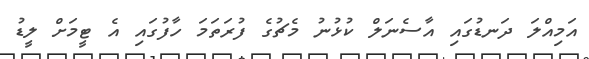
އަމިއްލަ ދަނޑުގައި އާސެނަލް ކުޅުނު މެޗުގެ ފުރަތަމަ ހާފުގައި އެ ޓީމަށް ލީޑު